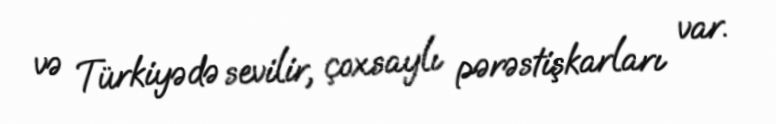
və Türkiyədə sevilir, çoxsaylı pərəstişkarları var.